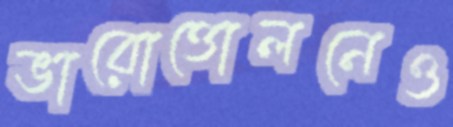
ভারোত্তোলনেও